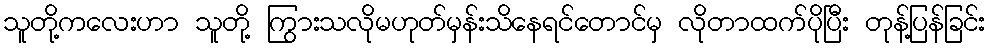
သူတို့ကလေးဟာ သူတို့ ကြွားသလိုမဟုတ်မှန်းသိနေရင်တောင်မှ လိုတာထက်ပိုပြီး တုန့်ပြန်ခြင်း